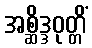
အစ္ဆိဒ္ဒဝုတ္တိံ